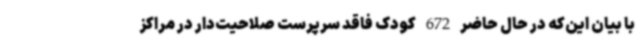
با بیان این‌که در حال حاضر 672 کودک فاقد سرپرست صلاحیت‌دار در مراکز